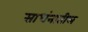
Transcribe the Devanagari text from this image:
साधंनातील